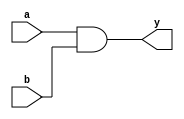
module two_input_and_gate(
    input a,
    input b,
    output y
);

assign y = a & b;

endmodule